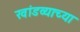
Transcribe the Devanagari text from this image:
खांडव्याच्या